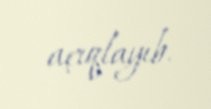
açıqlayıb.